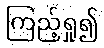
ကြည့်ရှု၍